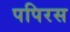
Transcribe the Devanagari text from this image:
पपिरस